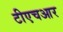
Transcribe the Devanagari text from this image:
टीएचआर